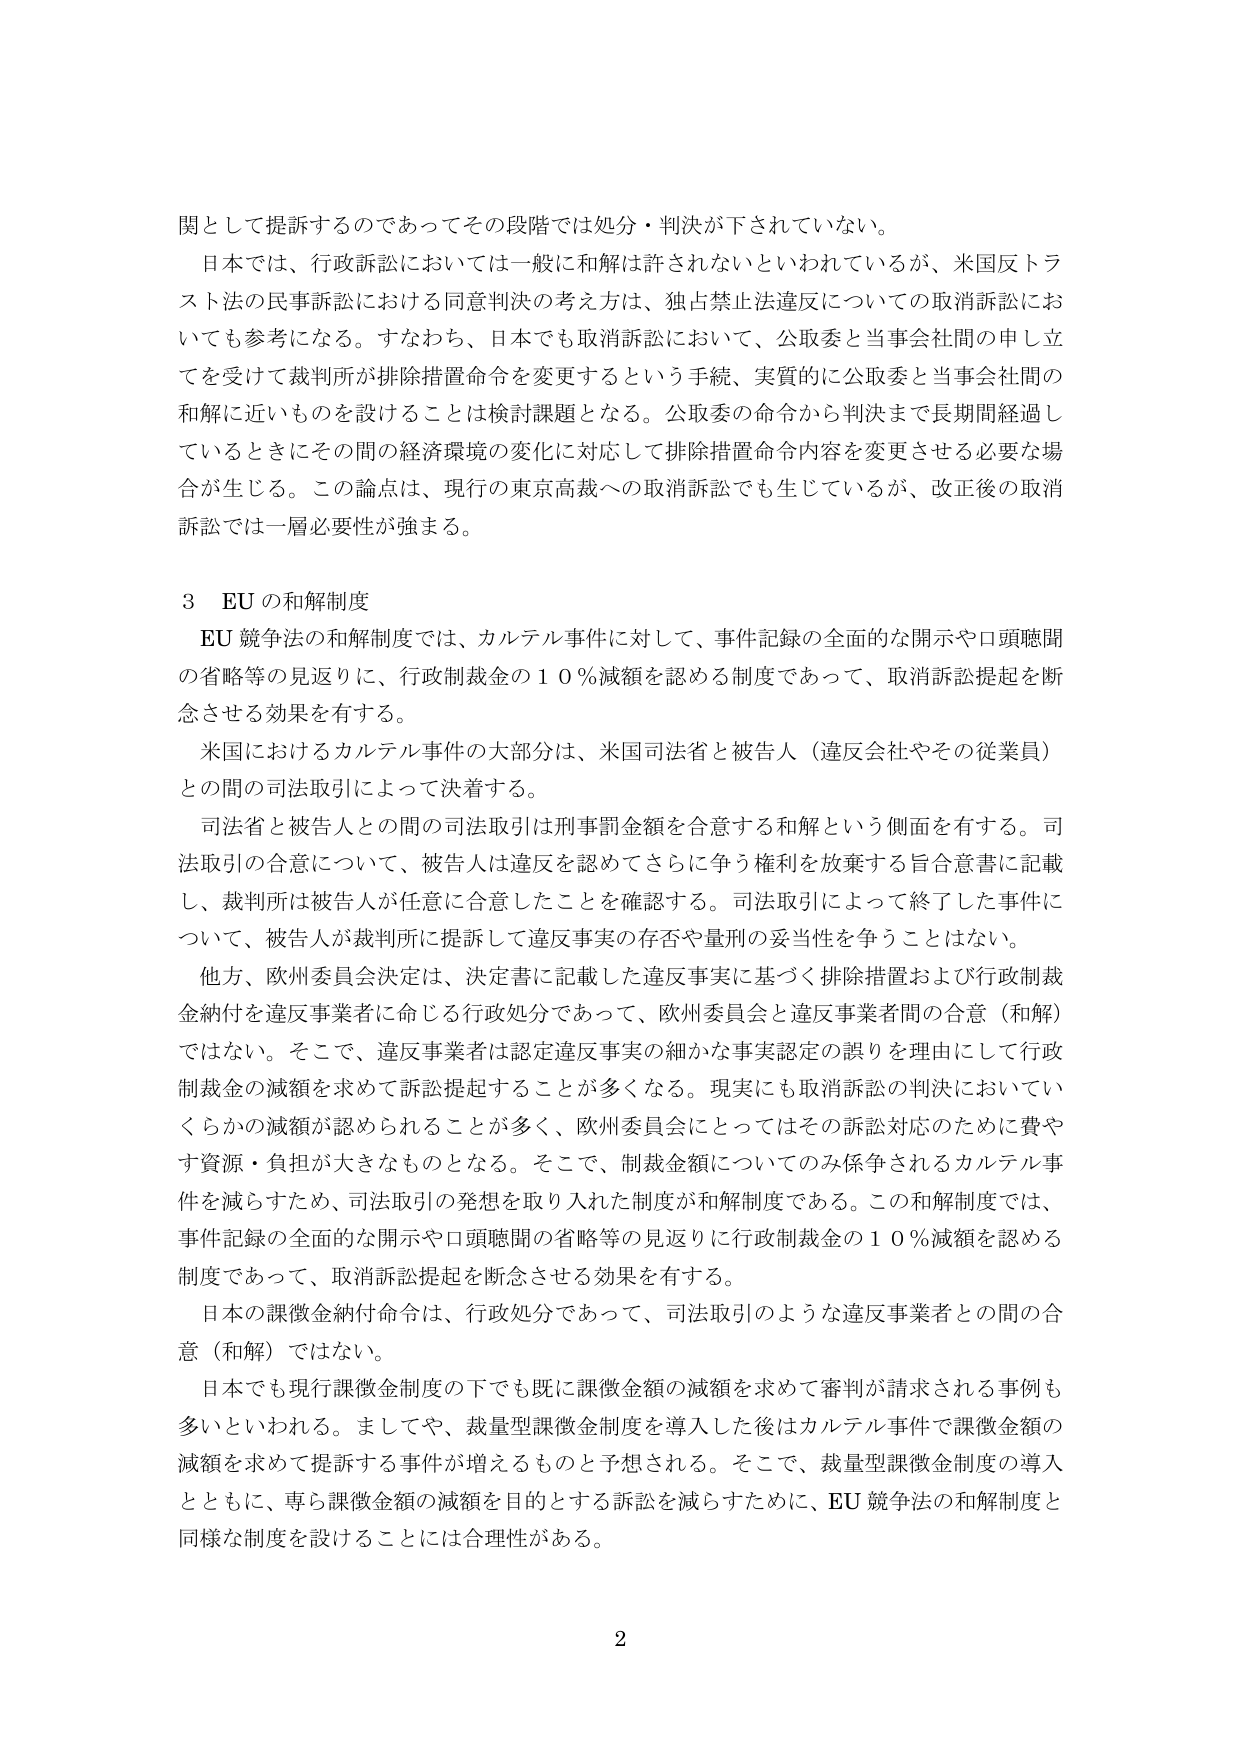
関して提訴するのであってその段階では処分・判決が下されていない。

日本では、行政訴訟においては一般に和解は許されないといわれているが、米国反トラスト法の民事訴訟における同意判決の考え方は、独占禁止法違反についての取消訴訟においても参考になる。すなわち、日本でも取消訴訟において、公取委と当事会社間の申し立てを受けて裁判所が排除措置命令を変更するという手続、実質的に公取委と当事会社間の和解に近いものを設けることは検討課題となる。公取委の命令から判決まで長期間経過しているときにその間の経済環境の変化に対応して排除措置命令内容を変更させる必要な場合が生じる。この論点は、現行の東京高裁への取消訴訟でも生じているが、改正後の取消訴訟では一層必要性が強まる。

3 EU の和解制度

EU 競争法の和解制度では、カルテル事件に対して、事件記録の全面的な開示や口頭聴聞の省略等の見返りに、行政制裁金の１０％減額を認める制度であって、取消訴訟提起を断念させる効果を有する。

米国におけるカルテル事件の大部分は、米国司法省と被告人（違反会社やその従業員）との間の司法取引によって決着する。

司法省と被告人との間の司法取引は刑事罰金額を合意する和解という側面を有する。司法取引の合意について、被告人は違反を認めてさらに争う権利を放棄する旨合意書に記載し、裁判所は被告人が任意に合意したことを確認する。司法取引によって終了した事件について、被告人が裁判所に提訴して違反事実の存否や量刑の妥当性を争うことはない。

他方、欧州委員会決定は、決定書に記載した違反事実に基づく排除措置および行政制裁金納付を違反事業者に命じる行政処分であって、欧州委員会と違反事業者間の合意（和解）ではない。そこで、違反事業者は認定違反事実の細かな事実認定の誤りを理由にして行政制裁金の減額を求めて訴訟提起することが多くなる。現実にも取消訴訟の判決においていくらかの減額が認められることが多く、欧州委員会にとってはその訴訟対応のために費やす資源・負担が大きなものとなる。そこで、制裁金額についてのみ係争されるカルテル事件を減らすため、司法取引の発想を取り入れた制度が和解制度である。この和解制度では、事件記録の全面的な開示や口頭聴聞の省略等の見返りに行政制裁金の１０％減額を認める制度であって、取消訴訟提起を断念させる効果を有する。

日本の課徴金納付命令は、行政処分であって、司法取引のような違反事業者との間の合意（和解）ではない。

日本でも現行課徴金制度の下でも既に課徴金額の減額を求めて審判が請求される事例も多いといわれる。ましてや、裁量型課徴金制度を導入した後はカルテル事件で課徴金額の減額を求めて提訴する事件が増えるものと予想される。そこで、裁量型課徴金制度の導入とともに、専ら課徴金額の減額を目的とする訴訟を減らすために、EU 競争法の和解制度と同様な制度を設けることには合理性がある。

2